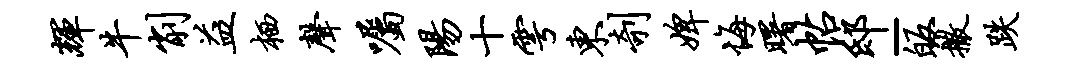
辉牛削益栖声嘱阳十雩东剞婢悔曙帖邸-皈撒跌